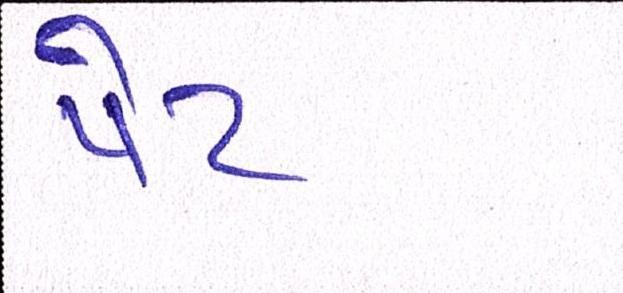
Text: પેટ